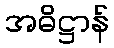
အဓိဋ္ဌာန်